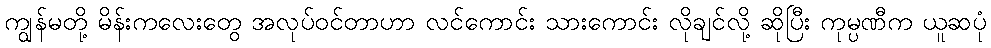
ကျွန်မတို့ မိန်းကလေးတွေ အလုပ်ဝင်တာဟာ လင်ကောင်း သားကောင်း လိုချင်လို့ ဆိုပြီး ကုမ္ပဏီက ယူဆပုံ